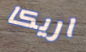
اريكا